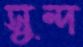
সুন্দ